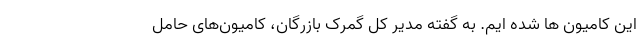
این کامیون ها شده ایم. به گفته مدیر کل گمرک بازرگان، کامیون‌های حامل